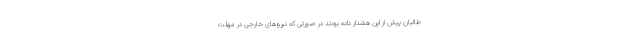
طالبان پیش از این هشدار داده بودند در صورتی که نیروهای خارجی در مهلت